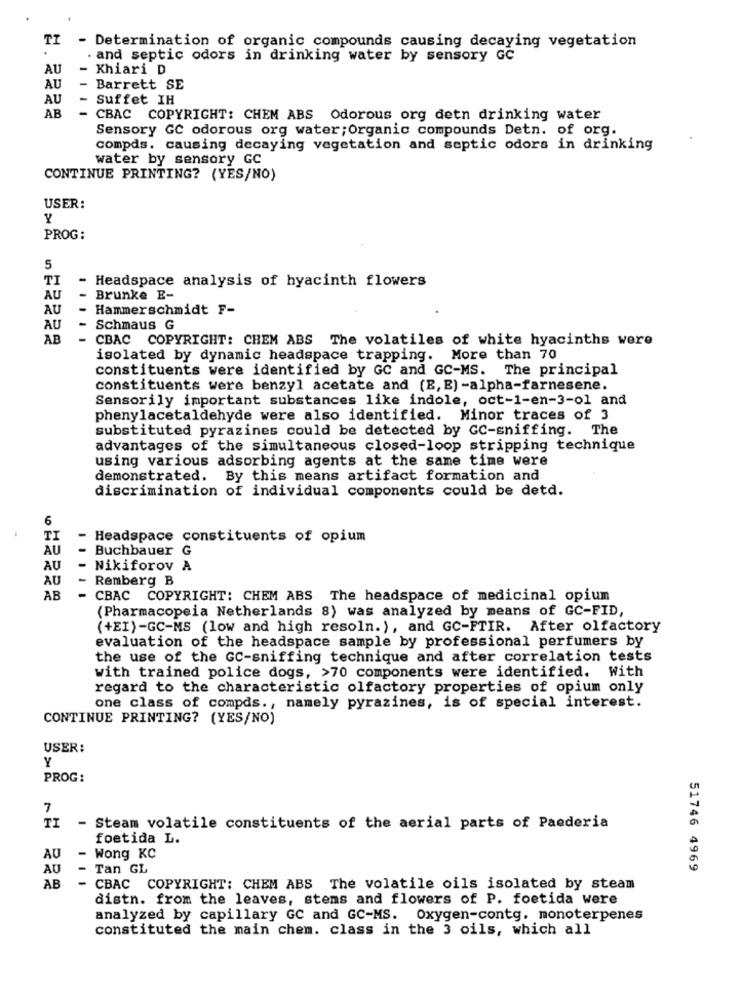
TI
- Determination of organic compounds causing decaying vegetation
. and septic odors in drinking water by sensory GC
AU
Khiari D
AU
Barrett SE
AU
Suffet IH
AB
- CBAC COPYRIGHT: CHEM ABS Odorous org detn drinking water
Sensory GC odorous org water ; Organic compounds Detn. of org.
compds. causing decaying vegetation and septic odors in drinking
water by sensory GC
CONTINUE PRINTING? (YES/NO)
USER:
Y
PROG:
TI
- Headspace analysis of hyacinth flowers
AU
Brunke E-
AU
Hammerschmidt F-
AU
Schmaus G
AB
CBAC COPYRIGHT: CHEM ABS The volatiles of white hyacinths were
isolated by dynamic headspace trapping. More than 70
constituents were identified by GC and GC-MS. The principal
constituents were benzyl acetate and (E, E) -alpha-farnesene.
Sensorily important substances like indole, oct-1-en-3-01 and
phenylacetaldehyde were also identified. Minor traces of 3
substituted pyrazines could be detected by GC-sniffing. The
advantages of the simultaneous closed-loop stripping technique
using various adsorbing agents at the same time were
demonstrated. By this means artifact formation and
discrimination of individual components could be detd.
6
TI
- Headspace constituents of opium
AU
- Buchbauer G
AU
-
Nikiforov A
AU
-
Remberg B
AB
-
CBAC COPYRIGHT: CHEM ABS The headspace of medicinal opium
(Pharmacopeia Netherlands 8) was analyzed by means of GC-FID,
(+EI)-GC-MS (low and high resoln.), and GC-FTIR. After olfactory
evaluation of the headspace sample by professional perfumers by
the use of the GC-sniffing technique and after correlation tests
with trained police dogs, >70 components were identified. With
regard to the characteristic olfactory properties of opium only
one class of compds ., namely pyrazines, is of special interest.
CONTINUE PRINTING? (YES/NO)
USER:
Y
PROG:
7
TI
- Steam volatile constituents of the aerial parts of Paederia
foetida L.
AU
-
Wong KC
AU
-
Tan GL
51746 4969
AB
-
CBAC COPYRIGHT: CHEM ABS The volatile oils isolated by steam
distn. from the leaves, stems and flowers of P. foetida were
analyzed by capillary GC and GC-MS. Oxygen-contg, monoterpenes
constituted the main chem. class in the 3 oils, which all